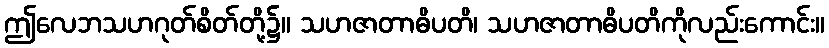
ဤလေဘသဟဂုတ်စိတ်တို့၌။ သဟဇာတာဓိပတိ၊ သဟဇာတာဓိပတိကိုလည်းကောင်း။